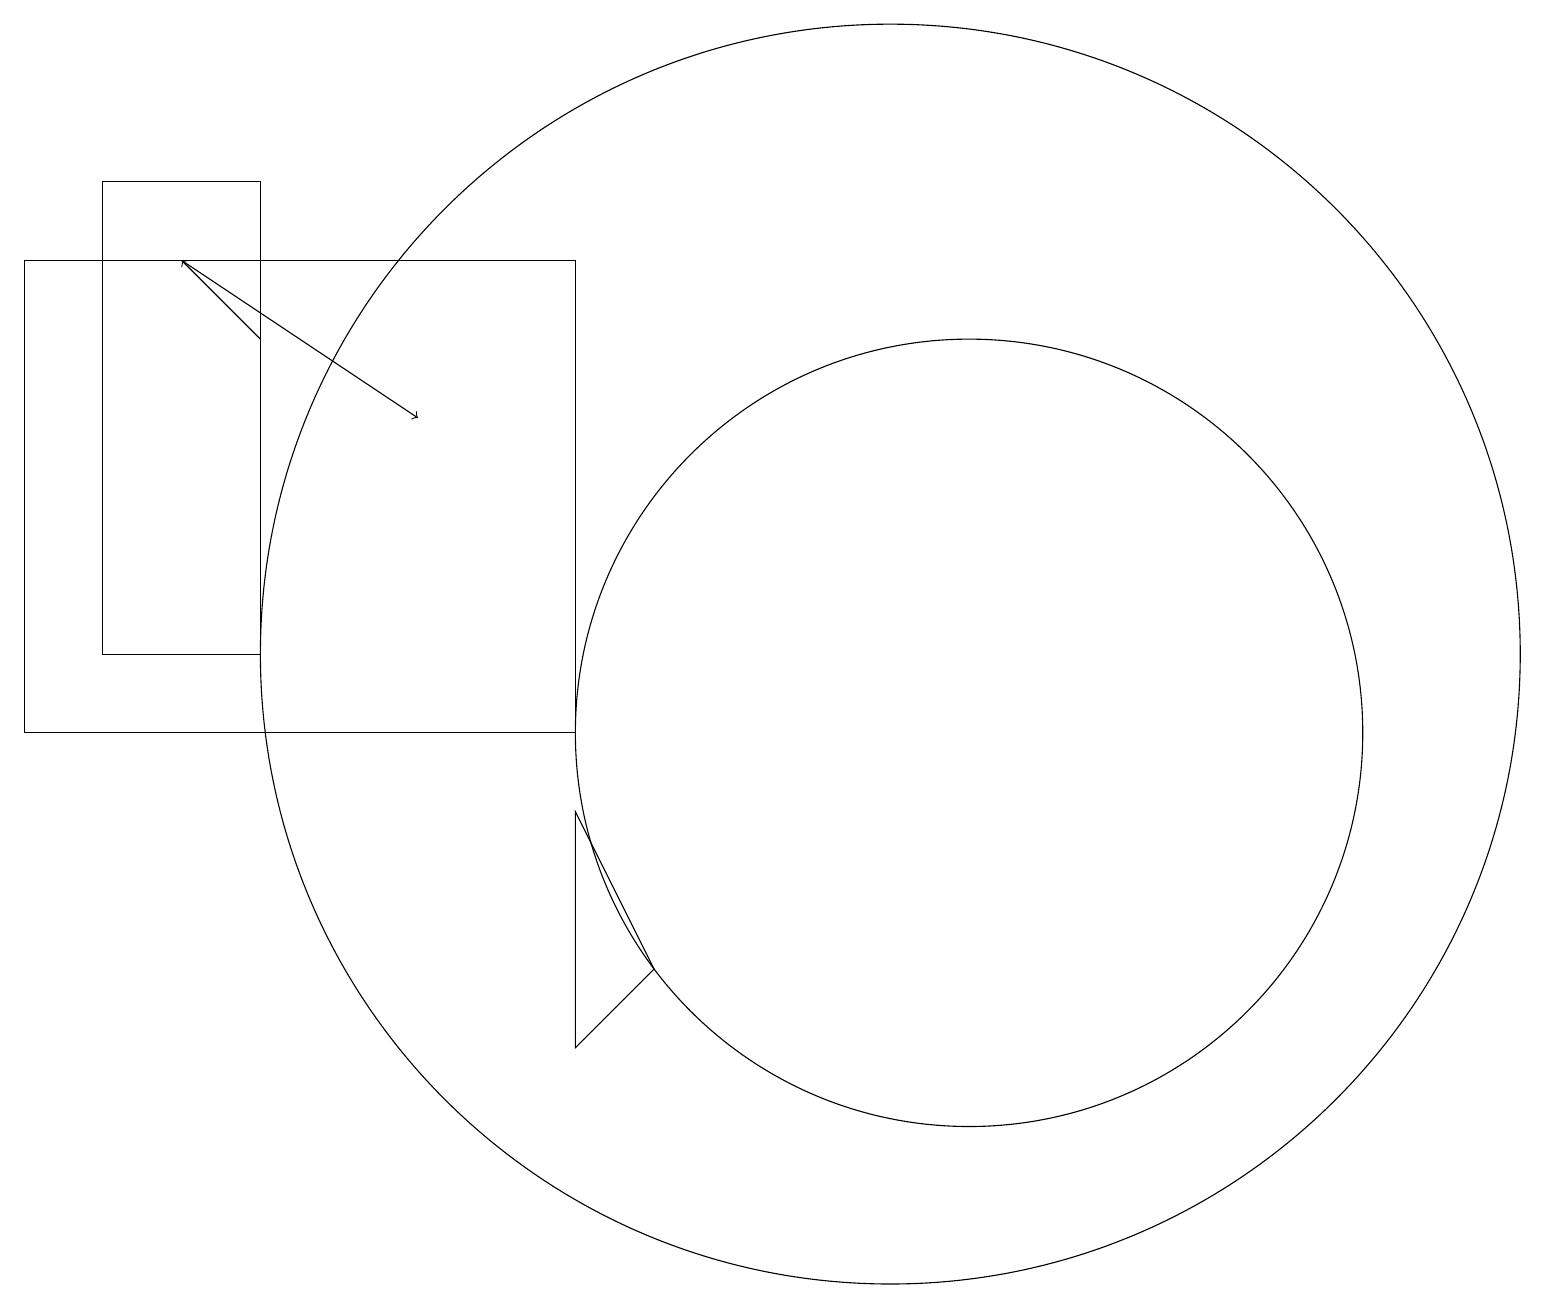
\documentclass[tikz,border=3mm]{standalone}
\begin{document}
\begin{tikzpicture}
\draw[->] (2,16) -- (5,14);
\draw (11,11) circle (8);
\draw (0,10) rectangle (7,16);
\draw (12,10) circle (5);
\draw (7,9) -- (8,7) -- (7,6) -- cycle;
\draw (1,11) rectangle (3,17);
\draw[->] (3,15) -- (2,16);
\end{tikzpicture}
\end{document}